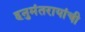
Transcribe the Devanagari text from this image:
हनुमंतरायांची